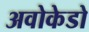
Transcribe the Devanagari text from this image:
अवोकेडो